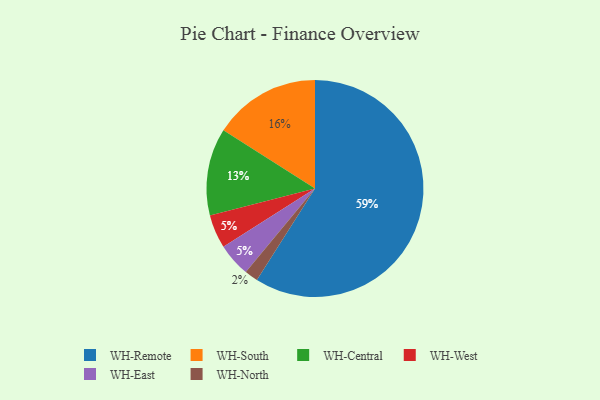
{"axis": {"x": "Category", "y": "Percentage"}, "legend": ["WH-Central", "WH-East", "WH-North", "WH-Remote", "WH-South", "WH-West"], "data": [{"x": "WH-Central", "y": 13, "type": "WH-Central"}, {"x": "WH-West", "y": 5, "type": "WH-West"}, {"x": "WH-South", "y": 16, "type": "WH-South"}, {"x": "WH-Remote", "y": 59, "type": "WH-Remote"}, {"x": "WH-North", "y": 2, "type": "WH-North"}, {"x": "WH-East", "y": 5, "type": "WH-East"}]}